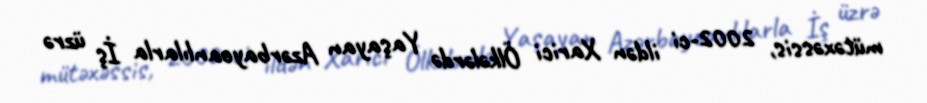
mütəxəssis, 2002-ci ildən Xarici Ölkələrdə Yaşayan Azərbaycanlılarla İş üzrə